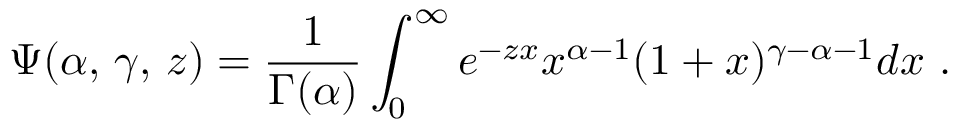
\, \Psi ( \alpha , \, \gamma , \, z ) = \frac { 1 } { \Gamma ( \alpha ) } \int _ { 0 } ^ { \infty } e ^ { - z x } x ^ { \alpha - 1 } ( 1 + x ) ^ { \gamma - \alpha - 1 } d x \, \, .